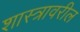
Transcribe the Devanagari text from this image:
शास्त्रावरील